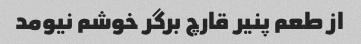
از طعم پنیر قارچ برگر خوشم نیومد